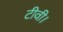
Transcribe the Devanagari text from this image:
टीवी।